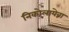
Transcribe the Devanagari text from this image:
निकोलायेव्ना